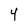
Character: 4